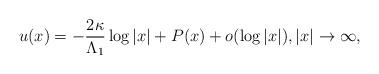
LaTeX: \begin{align*} u(x)=-\frac{2\kappa}{\Lambda_1}\log |x|+P(x)+o(\log|x|),|x|\to\infty, \end{align*}